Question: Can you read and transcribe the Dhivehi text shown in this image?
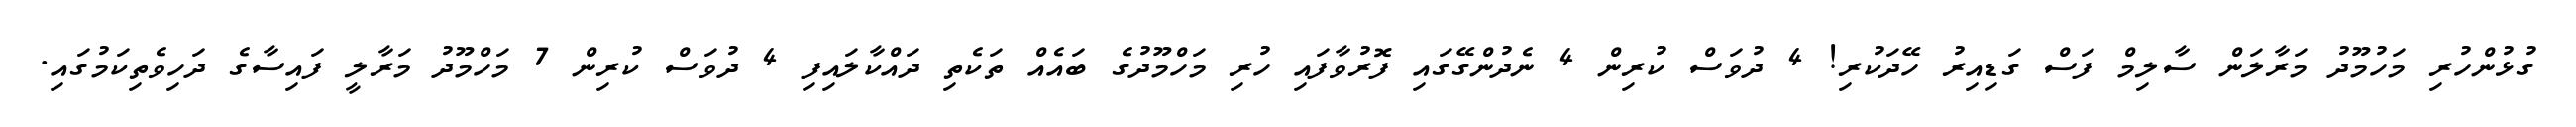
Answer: ގުޅުންހުރި މަހުމޫދު މަރާލަން ސާލިމް ފަސް ގަޑިއިރު ހޭދަކުރި! 4 ދުވަސް ކުރިން 4 ނެދުންގޭގައި ފޮރުވާފައި ހުރި މަހްމޫދުގެ ބައެއް ތަކެތި ދައްކާލައިފި 4 ދުވަސް ކުރިން 7 މަހްމޫދު މަރާލީ ފައިސާގެ ދަހިވެތިކަމުގައި.